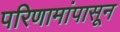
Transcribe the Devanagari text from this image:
परिणामांपासून